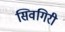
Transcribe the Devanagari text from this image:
सिवगिरी